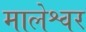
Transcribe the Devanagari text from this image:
मालेश्वर